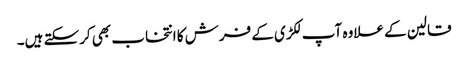
قالین کے علاوہ آپ لکڑی کے فرش کا انتخاب بھی کرسکتے ہیں۔